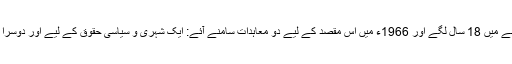
اس اعلان کو باقاعدہ بین الاقوامی معاہدہ بننے میں 18 سال لگے اور 1966ء میں اس مقصد کے لیے دو معاہدات سامنے آئے: ایک شہری و سیاسی حقوق کے لیے اور دوسرا معاشی، سماجی اور ثقافتی حقوق کے لیے۔